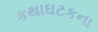
કથાઘટકના